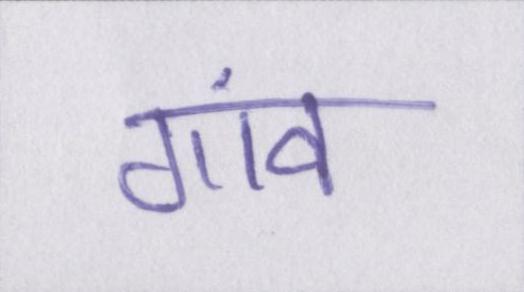
गांव